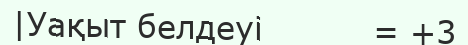
|Уақыт белдеуі          = +3